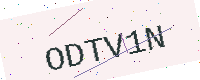
Text: ODTV1N